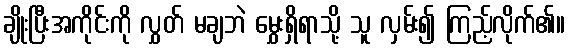
ချိုးပြီးအကိုင်းကို လွှတ် မချဘဲ မွှေးရှိရာသို့ သူ လှမ်း၍ ကြည့်လိုက်၏။